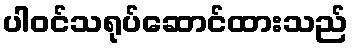
ပါဝင်သရုပ်ဆောင်ထားသည်